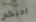
احبكم